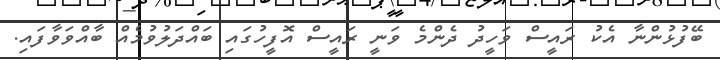
ބޭފުޅުންނާ އެކު ރައީސް ވަހީދު ދެންމެ ވަނީ ރައީސް އޮފީހުގައި ބައްދަލުވުމެއް ބާއްވަވާފައި.